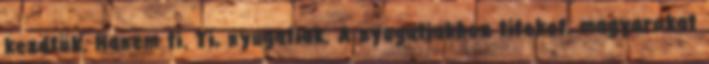
kezdtük. Hanem ti. Ti, nyugatiak. A nyugatiakhoz titeket, magyarokat